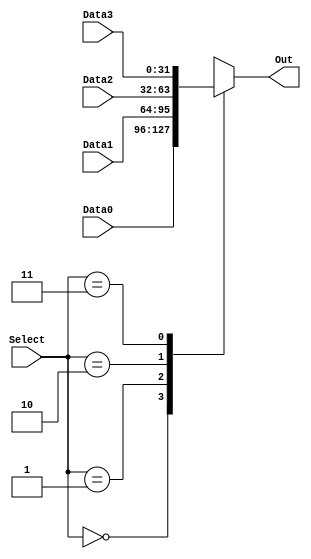
module mux4_1(Out, Data0, Data1, Data2, Data3, Select);
  input [31:0]  Data0, Data1, Data2, Data3;
  input [1:0] Select;
  output  [31:0]  Out;
  reg [31:0]  Out;
  always @ (Data0 or Data1 or Data2 or Data3 or Select)
    case  (Select)
      2'b00:  Out = Data0;
      2'b01:  Out = Data1;
      2'b10:  Out = Data2;
      2'b11:  Out = Data3;
    endcase
endmodule

module  tbMux4_1;
  reg [31:0]  Data0, Data1, Data2, Data3;
  reg [1:0] Select;
  wire  [31:0]  Out;
  mux4_1  m(Out, Data0, Data1, Data2, Data3, Select);
  initial begin
    $monitor($time, " Data0 = %b, Data1 = %b, Data2 = %b, Data3 = %b, Select = %b, Output = %b.", Data0, Data1, Data2, Data3, Select, Out);
    #0  Data0 = 32'hF0F0F0F0; Data1 = 32'hF8F8F8F8; Data2 = 32'hFBFBFBFB; Data3 = 32'hFFFFFFFF;
    #5  Select = 2'b00;
    #5  Select = 2'b01;
    #5  Select = 2'b10;
    #5  Select = 2'b11;
    #5  $finish;
  end
endmodule